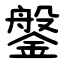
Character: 鎜